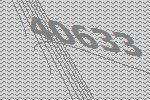
40633